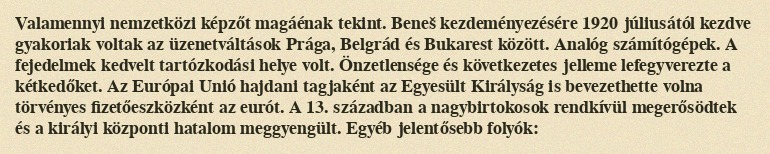
Valamennyi nemzetközi képzőt magáénak tekint. Beneš kezdeményezésére 1920 júliusától kezdve gyakoriak voltak az üzenetváltások Prága, Belgrád és Bukarest között. Analóg számítógépek. A fejedelmek kedvelt tartózkodási helye volt. Önzetlensége és következetes jelleme lefegyverezte a kétkedőket. Az Európai Unió hajdani tagjaként az Egyesült Királyság is bevezethette volna törvényes fizetőeszközként az eurót. A 13. században a nagybirtokosok rendkívül megerősödtek és a királyi központi hatalom meggyengült. Egyéb jelentősebb folyók: